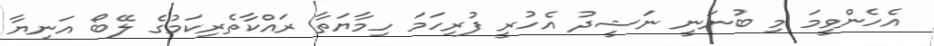
އެހެންވީމަ މި ބުނަނީ ނަޝީދު އެހުރީ ފުރިހަމަ ހިމާޔަތާ ރައްކާތެރިކަމުގެ ލޭބޯ އަނިޔާ